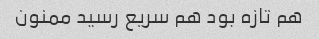
هم تازه بود هم سریع رسید ممنون